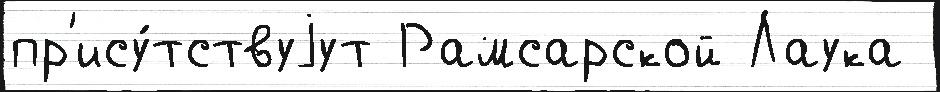
пр'ису́тствуjут Рамсарской Лаука